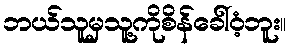
ဘယ်သူမှသူ့ကိုစိန်ခေါ်ဝံ့ဘူး။